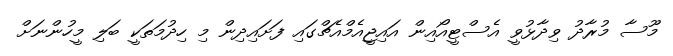
މޫސާ މުރާދު ވިދާޅުވީ އެސްޓީއޯއިން އައިޖީއެމްއެޗްގައި ފަށައިދިން މި ހިދުމަތަކީ ބަލި މީހުންނަށް